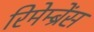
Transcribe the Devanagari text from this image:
रिमेम्ब्रेंस